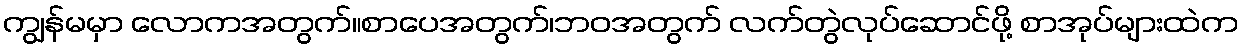
ကျွန်မမှာ လောကအတွက်။စာပေအတွက်၊ဘဝအတွက် လက်တွဲလုပ်ဆောင်ဖို့ စာအုပ်များထဲက